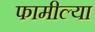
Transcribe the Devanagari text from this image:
फामील्या